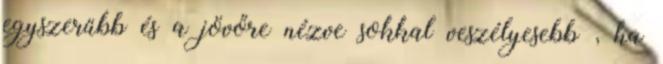
egyszerűbb és a jövőre nézve sokkal veszélyesebb , ha